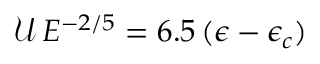
\mathcal { U } \, E ^ { - 2 / 5 } = 6 . 5 \, ( \epsilon - \epsilon _ { c } )